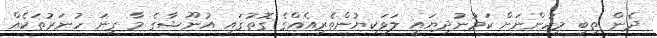
ދެން ތިބި މީހުންނަށް ކަމުނުދިޔައީ ލަވަކިޔުންތެރިއެއްގެ ގޮތުގައި އުނޫޝާގެ މާ ގިނަ ހުނަރުތަކެއް